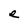
Character: e